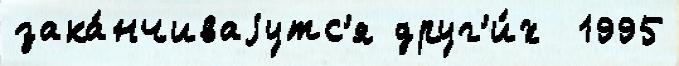
зака́нчиваjутс'я друг'и́х  1995